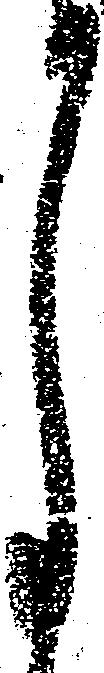
月